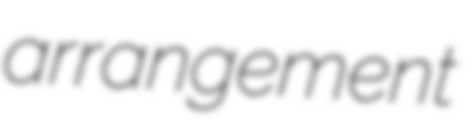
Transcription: arrangement